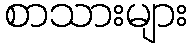
စာသားများ